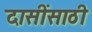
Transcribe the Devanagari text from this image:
दासींसाठी